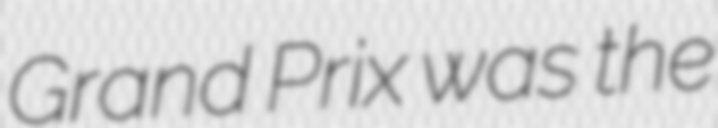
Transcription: Grand Prix was the